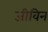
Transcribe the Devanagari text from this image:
जीविन